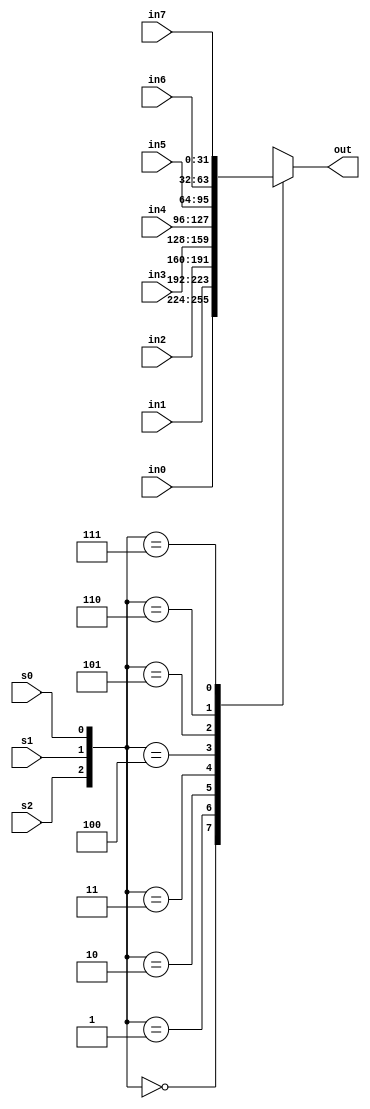
module mult8_to_3_32(out, in0, in1, in2, in3, in4, in5, in6, in7, s2, s1, s0);
  output reg [31:0] out;
  input [31:0] in0, in1, in2, in3, in4, in5, in6, in7; 
  input s2, s1, s0;

  always @(*) begin
    case ({s2, s1, s0})
      3'b000: out = in0;
      3'b001: out = in1;
      3'b010: out = in2;
      3'b011: out = in3;
      3'b100: out = in4;
      3'b101: out = in5;
      3'b110: out = in6;
      3'b111: out = in7;
      default: out = 32'b0;
    endcase
  end
endmodule